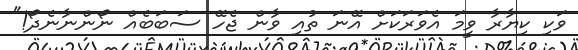
ވަކި ކިޔާރާ ވީމަ އެވަރަކަށް އޭނަ ތުއި ވާން ޖެހޭ ސަބަބެއް ނޯންނާނެދޯ!"